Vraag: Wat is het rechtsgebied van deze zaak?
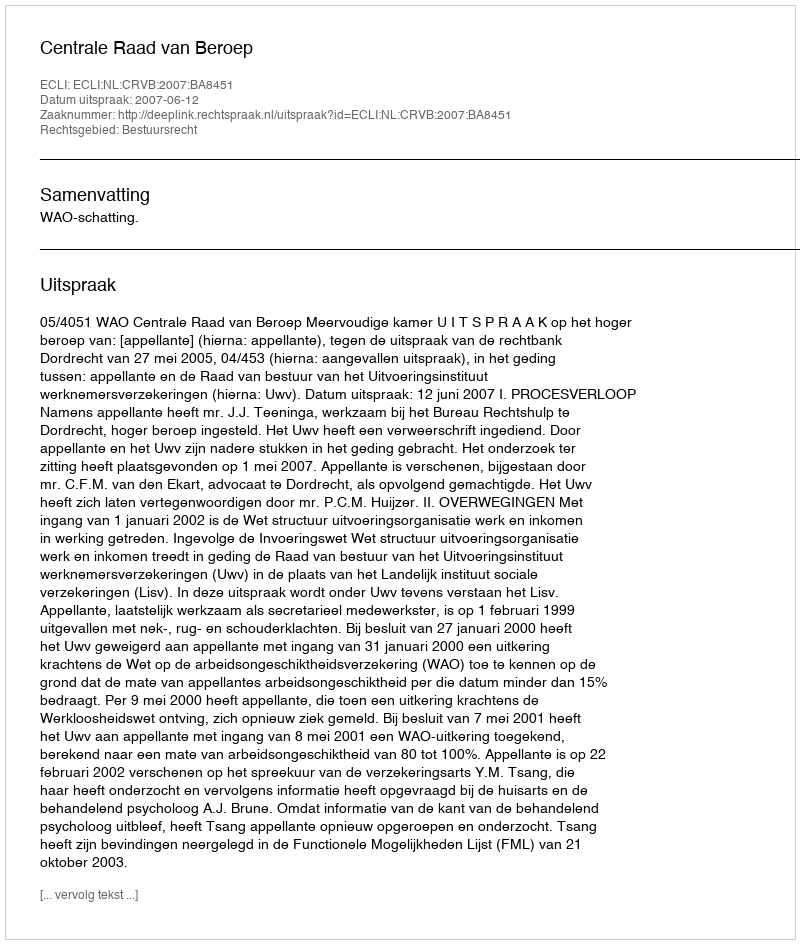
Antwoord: Bestuursrecht